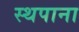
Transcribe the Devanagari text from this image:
स्थपाना